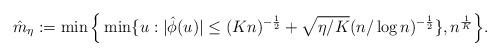
LaTeX: \begin{align*}\hat{m}_{\eta}:=\min\Big\{ \min\{u: |\hat{\phi}(u) | \leq (K n)^{-\frac{1}{2} } + \sqrt{ \eta /K} (n/\log n)^{-\frac{1}{2} } \} , n^{\frac{1}{K} } \Big\}. \end{align*}